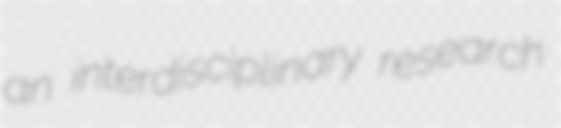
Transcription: an interdisciplinary research